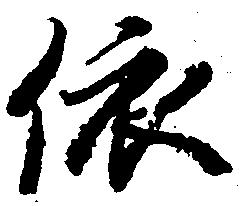
依